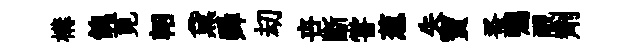
構餽莧軺黛舜刧卋斷甞葱失寶蚤囑覼劑